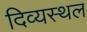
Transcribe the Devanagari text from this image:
दिव्यस्थल